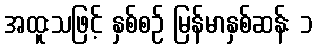
အထူးသဖြင့် နှစ်စဉ် မြန်မာနှစ်ဆန်း ၁